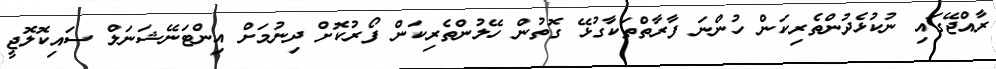
ރާއްޖޭގައި ނުކުޅެދުންތެރިކަން ހުންނަ ފާރާތްތަކާގުޅޭ ގޮތުން ހޭލުންތެރިކަން ފޯރުކޮށް ދިނުމަށް އިންޓަނޭޝަނަލް ސައިކޮލޮޖީ